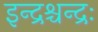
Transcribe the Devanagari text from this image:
इन्द्रश्चन्द्रः